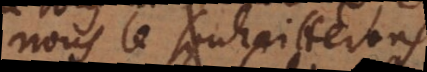
nous le souhaitterons